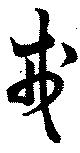
戎